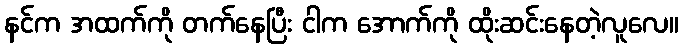
နင်က အထက်ကို တက်နေပြီး ငါက အောက်ကို ထိုးဆင်းနေတဲ့လူလေ။